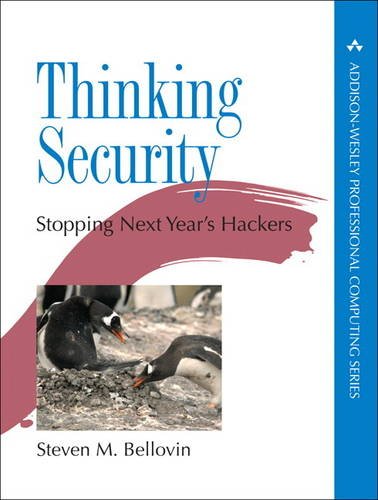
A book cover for Thinking Security: Stopping Next Year's Hackers (Addison-Wesley Professional Computing Series); Steven M. Bellovin; Computers & Technology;